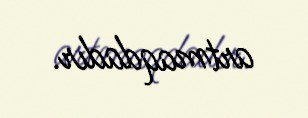
artmaqdadır.